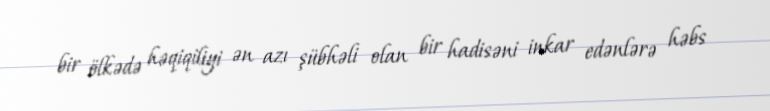
bir ölkədə həqiqiliyi ən azı şübhəli olan bir hadisəni inkar edənlərə həbs